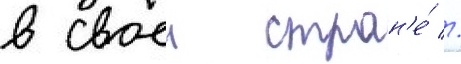
в своеи стран'е́ //